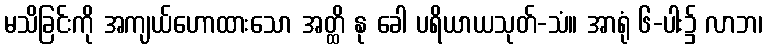
မသိခြင်းကို အကျယ်ဟောထားသော အတ္ထိ နု ခေါ ပရိယာယသုတ်-သံ။ အာရုံ ၆-ပါး၌ လာဘ၊